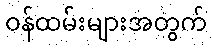
ဝန်ထမ်းများအတွက်